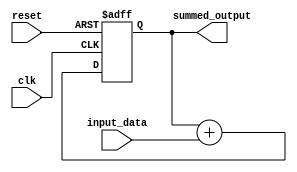
module accumulator (
    input wire clk,
    input wire reset,
    input wire [7:0] input_data,
    output reg [15:0] summed_output
);

reg [15:0] accumulator;

always @(posedge clk or posedge reset) begin
    if (reset) begin
        accumulator <= 16'd0;
    end else begin
        accumulator <= accumulator + input_data;
    end
end

always @(*) begin
    summed_output = accumulator;
end

endmodule